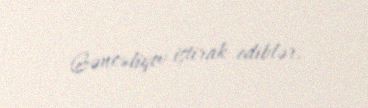
Gəncəliyev iştirak ediblər.